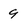
Character: 9